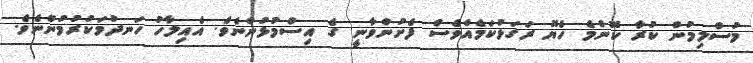
މުސްލިމުން ކުރާ ކޮންމެ ހެޔޮ ރަގަޅުކަމެއްވެސް ފެށުންވާނީ ގެ އިސްމުޅުންނެވެ. އެއިލާހު ހަނދުމަކުރުމުންނެވެ.